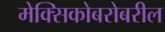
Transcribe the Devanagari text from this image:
मेक्सिकोबरोबरील